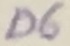
Text: D6